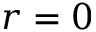
r = 0